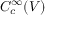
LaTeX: C _ { c } ^ { \infty } ( V )